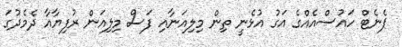
ޕެނެޓް ހައުސްއެއްގެ އަގު އުޅެނީ ތިން މިލިއަނާއި ފަސް މިލިއަން ރުފިޔާއާ ދެމެދުގަ